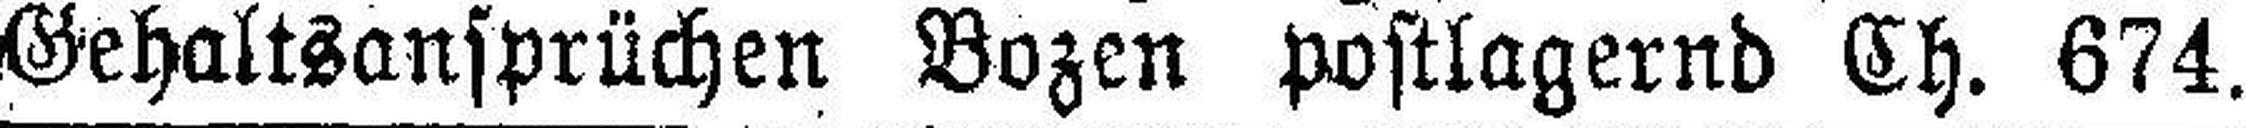
Gehaltsansprüchen Bozen postlagernd Ch. 674.